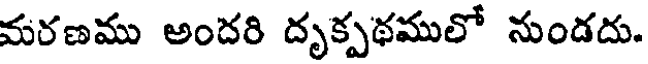
మరణము అందరి దృక్పథములో నుండదు.